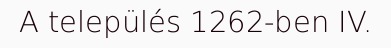
A település 1262-ben IV.